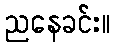
ညနေခင်း။